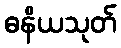
ဓနိယသုတ်